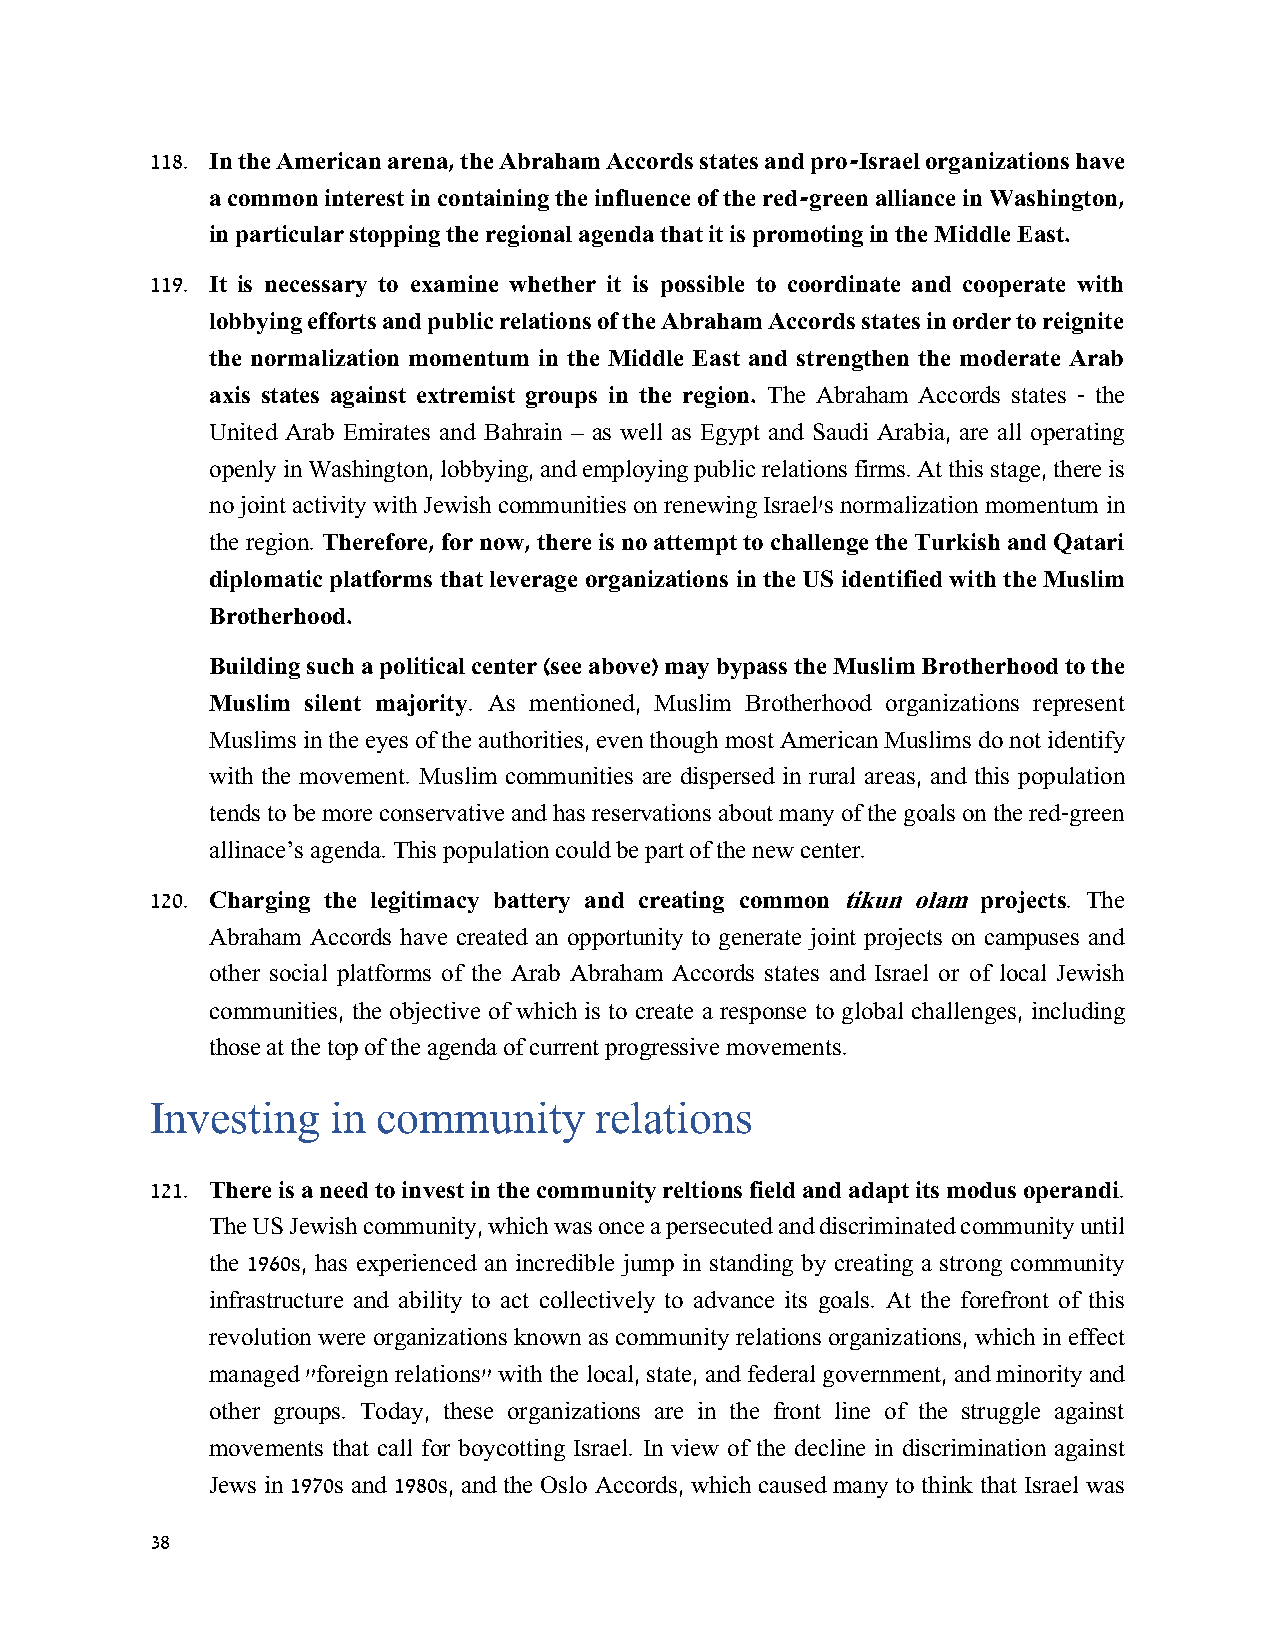
118. In the American arena, the Abraham Accords states and pro-Israel organizations have
 a common interest in containing the influence of the red-green alliance in Washington,
 in particular stopping the regional agenda that it is promoting in the Middle East.
 119. It is necessary to examine whether it is possible to coordinate and cooperate with
 lobbying efforts and public relations of the Abraham Accords states in order to reignite
 the normalization momentum in the Middle East and strengthen the moderate Arab
 axis states against extremist groups in the region. The Abraham Accords states - the
 United Arab Emirates and Bahrain – as well as Egypt and Saudi Arabia, are all operating
 openly in Washington, lobbying, and employing public relations firms. At this stage, there is
 no joint activity with Jewish communities on renewing Israel's normalization momentum in
 the region. Therefore, for now, there is no attempt to challenge the Turkish and Qatari
 diplomatic platforms that leverage organizations in the US identified with the Muslim
 Brotherhood.
 Building such a political center (see above) may bypass the Muslim Brotherhood to the
 Muslim silent majority. As mentioned, Muslim Brotherhood organizations represent
 Muslims in the eyes of the authorities, even though most American Muslims do not identify
 with the movement. Muslim communities are dispersed in rural areas, and this population
 tends to be more conservative and has reservations about many of the goals on the red-green
 allinace’s agenda. This population could be part of the new center.
 120. Charging the legitimacy battery and creating common tikun olam projects. The
 Abraham Accords have created an opportunity to generate joint projects on campuses and
 other social platforms of the Arab Abraham Accords states and Israel or of local Jewish
 communities, the objective of which is to create a response to global challenges, including
 those at the top of the agenda of current progressive movements.
 Investing   in community     relations
 121. There is a need to invest in the community reltions field and adapt its modus operandi.
 The US Jewish community, which was once a persecuted and discriminated community until
 the 1960s, has experienced an incredible jump in standing by creating a strong community
 infrastructure and ability to act collectively to advance its goals. At the forefront of this
 revolution were organizations known as community relations organizations, which in effect
 managed "foreign relations" with the local, state, and federal government, and minority and
 other groups. Today, these organizations are in the front line of the struggle against
 movements that call for boycotting Israel. In view of the decline in discrimination against
 Jews in 1970s and 1980s, and the Oslo Accords, which caused many to think that Israel was
 38